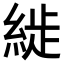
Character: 𦁡